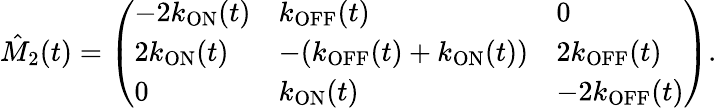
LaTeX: \hat{M}_{2}(t)=\left(\begin{array}{lll}{-2k_{\mathrm{ON}}(t)}&{k_{\mathrm{OFF}}(t)}&{0}\\ {2k_{\mathrm{ON}}(t)}&{-(k_{\mathrm{OFF}}(t)+k_{\mathrm{ON}}(t))}&{2k_{\mathrm{OFF}}(t)}\\ {0}&{k_{\mathrm{ON}}(t)}&{-2k_{\mathrm{OFF}}(t)}\end{array}\right).